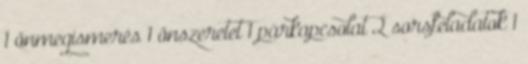
1 önmegismerés 1 önszeretet 1 párkapcsolat 2 sorsfeladatok 1